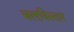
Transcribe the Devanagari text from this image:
जलविस्तार